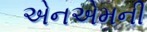
એનએમની